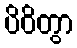
ပိဝိတွာ